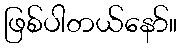
ဖြစ်ပါတယ်နော်။